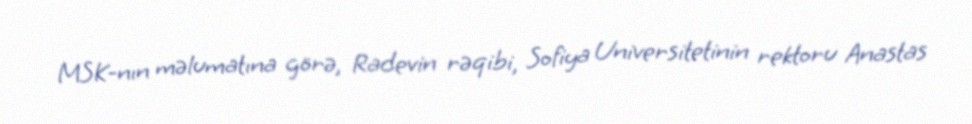
MSK-nın məlumatına görə, Radevin rəqibi, Sofiya Universitetinin rektoru Anastas